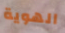
الهوية